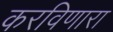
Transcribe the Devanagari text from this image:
करविणारा